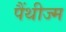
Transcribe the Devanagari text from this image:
पैंथीज्म